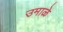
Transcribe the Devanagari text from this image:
उमाळे